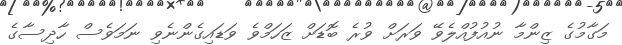
މަގާމުގެ ޒިންމާ ނުއުފުއްލެވޭ ވަރަށް ވުރެ ބޮޑަށް ޒަހަމްވެ ވަޑައިގެންނެވި ނަމަވެސް ހާދިސާގެ